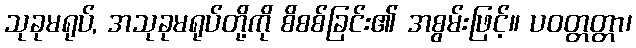
သုခုမရုပ်, အသုခုမရုပ်တို့ကို စိစစ်ခြင်း၏ အစွမ်းဖြင့်။ ပဝတ္တတ္တာ၊